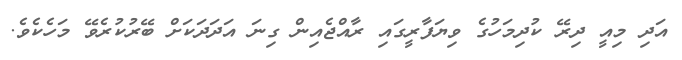
އަދި މިއީ ދިރޭ ކުދިމަހުގެ ވިޔަފާރީގައި ރާއްޖެއިން ގިނަ އަދަދަކަށް ބޭރުކުރެވޭ މަހެކެވެ.